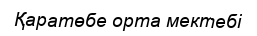
Қаратөбе орта мектебі